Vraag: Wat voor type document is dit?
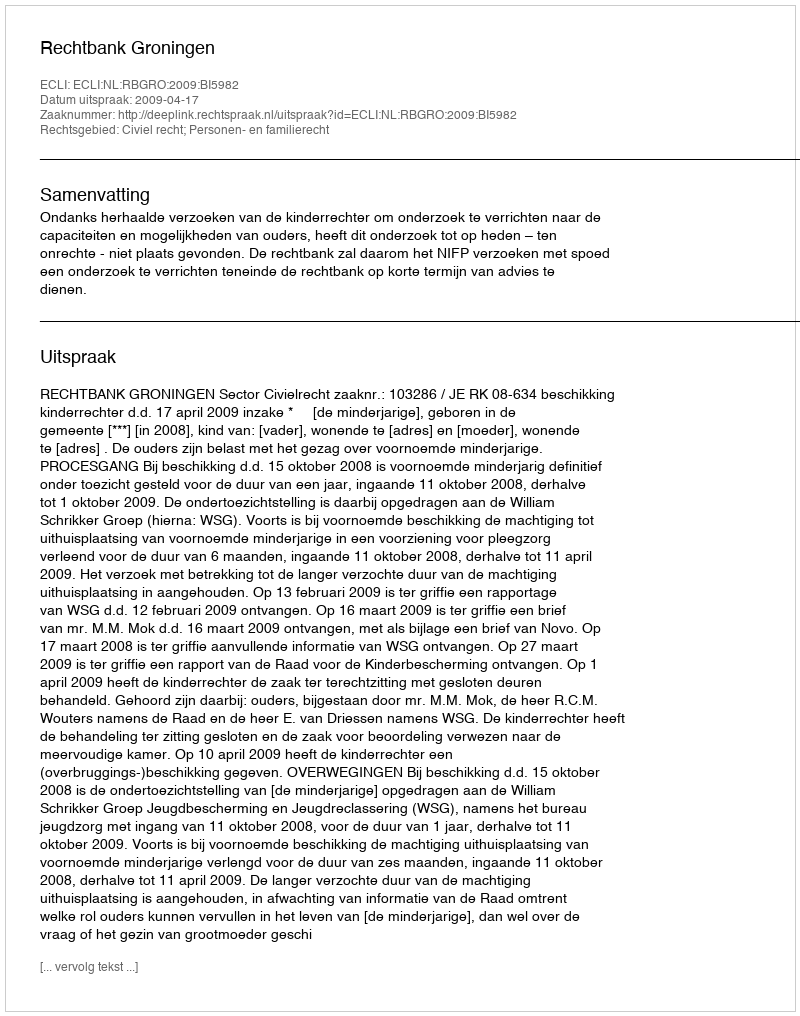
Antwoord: Uitspraak